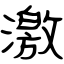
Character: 激